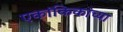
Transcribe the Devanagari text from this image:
एकांकिकांच्या